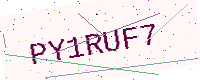
Text: PY1RUF7